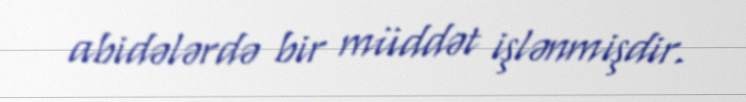
abidələrdə bir müddət işlənmişdir.